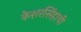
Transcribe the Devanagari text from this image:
केशरसिंहाची